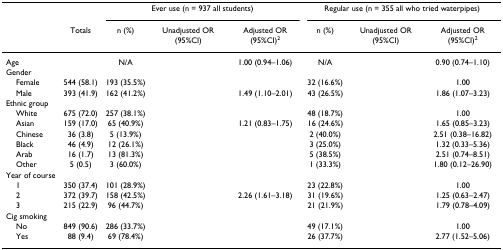
<table><thead><tr><td>[EMPTY_CELL]</td><td>[EMPTY_CELL]</td><td colspan="3"><b>Ever use (n = 937 all students)</b></td><td colspan="3"><b>Regular use (n = 355 all who tried waterpipes)</b></td></tr><tr><td>[EMPTY_CELL]</td><td><b>Totals</b></td><td><b>n (%)</b></td><td><b>Unadjusted OR (95%CI)</b></td><td><b>Adjusted OR (95%CI)<sup>2</sup></b></td><td><b>n (%)</b></td><td><b>Unadjusted OR (95%CI)</b></td><td><b>Adjusted OR (95%CI)<sup>2</sup></b></td></tr></thead><tbody><tr><td>Age</td><td>[EMPTY_CELL]</td><td>N/A</td><td>[EMPTY_CELL]</td><td>1.00 (0.94–1.06)</td><td>N/A</td><td>[EMPTY_CELL]</td><td>0.90 (0.74–1.10)</td></tr><tr><td>Gender</td><td>[EMPTY_CELL]</td><td>[EMPTY_CELL]</td><td>[EMPTY_CELL]</td><td>[EMPTY_CELL]</td><td>[EMPTY_CELL]</td><td>[EMPTY_CELL]</td><td>[EMPTY_CELL]</td></tr><tr><td> Female</td><td>544 (58.1)</td><td>193 (35.5%)</td><td>[EMPTY_CELL]</td><td>[EMPTY_CELL]</td><td>32 (16.6%)</td><td>[EMPTY_CELL]</td><td>1.00</td></tr><tr><td> Male</td><td>393 (41.9)</td><td>162 (41.2%)</td><td>[EMPTY_CELL]</td><td>1.49 (1.10–2.01)</td><td>43 (26.5%)</td><td>[EMPTY_CELL]</td><td>1.86 (1.07–3.23)</td></tr><tr><td>Ethnic group</td><td>[EMPTY_CELL]</td><td>[EMPTY_CELL]</td><td>[EMPTY_CELL]</td><td>[EMPTY_CELL]</td><td>[EMPTY_CELL]</td><td>[EMPTY_CELL]</td><td>[EMPTY_CELL]</td></tr><tr><td> White</td><td>675 (72.0)</td><td>257 (38.1%)</td><td>[EMPTY_CELL]</td><td>[EMPTY_CELL]</td><td>48 (18.7%)</td><td>[EMPTY_CELL]</td><td>1.00</td></tr><tr><td> Asian</td><td>159 (17.0)</td><td>65 (40.9%)</td><td>[EMPTY_CELL]</td><td>1.21 (0.83–1.75)</td><td>16 (24.6%)</td><td>[EMPTY_CELL]</td><td>1.65 (0.85–3.23)</td></tr><tr><td> Chinese</td><td>36 (3.8)</td><td>5 (13.9%)</td><td>[EMPTY_CELL]</td><td>[EMPTY_CELL]</td><td>2 (40.0%)</td><td>[EMPTY_CELL]</td><td>2.51 (0.38–16.82)</td></tr><tr><td> Black</td><td>46 (4.9)</td><td>12 (26.1%)</td><td>[EMPTY_CELL]</td><td>[EMPTY_CELL]</td><td>3 (25.0%)</td><td>[EMPTY_CELL]</td><td>1.32 (0.33–5.36)</td></tr><tr><td> Arab</td><td>16 (1.7)</td><td>13 (81.3%)</td><td>[EMPTY_CELL]</td><td>[EMPTY_CELL]</td><td>5 (38.5%)</td><td>[EMPTY_CELL]</td><td>2.51 (0.74–8.51)</td></tr><tr><td> Other</td><td>5 (0.5)</td><td>3 (60.0%)</td><td>[EMPTY_CELL]</td><td>[EMPTY_CELL]</td><td>1 (33.3%)</td><td>[EMPTY_CELL]</td><td>1.80 (0.12–26.90)</td></tr><tr><td>Year of course</td><td>[EMPTY_CELL]</td><td>[EMPTY_CELL]</td><td>[EMPTY_CELL]</td><td>[EMPTY_CELL]</td><td>[EMPTY_CELL]</td><td>[EMPTY_CELL]</td><td>[EMPTY_CELL]</td></tr><tr><td> 1</td><td>350 (37.4)</td><td>101 (28.9%)</td><td>[EMPTY_CELL]</td><td>[EMPTY_CELL]</td><td>23 (22.8%)</td><td>[EMPTY_CELL]</td><td>1.00</td></tr><tr><td> 2</td><td>372 (39.7)</td><td>158 (42.5%)</td><td>[EMPTY_CELL]</td><td>2.26 (1.61–3.18)</td><td>31 (19.6%)</td><td>[EMPTY_CELL]</td><td>1.25 (0.63–2.47)</td></tr><tr><td> 3</td><td>215 (22.9)</td><td>96 (44.7%)</td><td>[EMPTY_CELL]</td><td>[EMPTY_CELL]</td><td>21 (21.9%)</td><td>[EMPTY_CELL]</td><td>1.79 (0.78–4.09)</td></tr><tr><td>Cig smoking</td><td>[EMPTY_CELL]</td><td>[EMPTY_CELL]</td><td>[EMPTY_CELL]</td><td>[EMPTY_CELL]</td><td>[EMPTY_CELL]</td><td>[EMPTY_CELL]</td><td>[EMPTY_CELL]</td></tr><tr><td> No</td><td>849 (90.6)</td><td>286 (33.7%)</td><td>[EMPTY_CELL]</td><td>[EMPTY_CELL]</td><td>49 (17.1%)</td><td>[EMPTY_CELL]</td><td>1.00</td></tr><tr><td> Yes</td><td>88 (9.4)</td><td>69 (78.4%)</td><td>[EMPTY_CELL]</td><td>[EMPTY_CELL]</td><td>26 (37.7%)</td><td>[EMPTY_CELL]</td><td>2.77 (1.52–5.06)</td></tr></tbody></table>